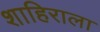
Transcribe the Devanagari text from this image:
शाहिराला